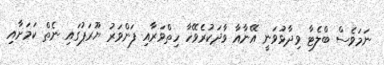
ނަމަވެސް ބްލެޓާ ވިދާޅުވަނީ އޭނާއާ ވާދަކުރެވޭހާ ހިތްވަރާއި ފަންވަރު ޔޫރަޕުގައި ނެތް ކަމަށާއި